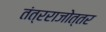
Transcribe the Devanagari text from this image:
तंत्रराजोत्तर